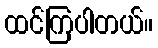
ထင်ကြပါတယ်။